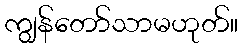
ကျွန်တော်သာမဟုတ်။